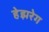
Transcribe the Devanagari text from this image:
हेझरेग